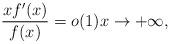
LaTeX: \begin{align*}\frac{xf'(x)}{f(x)} = o(1) x \to +\infty,\end{align*}